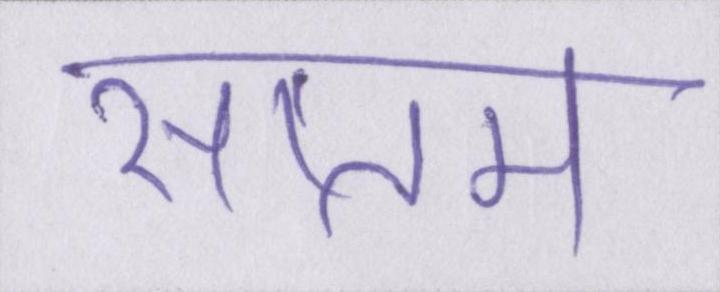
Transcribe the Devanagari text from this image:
सप्तम